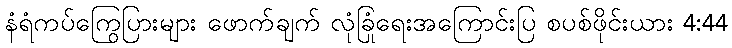
နံရံကပ်ကြွေပြားများ ဖောက်ချက် လုံခြုံရေးအကြောင်းပြ စပစ်ဖိုင်းယား 4:44